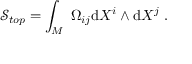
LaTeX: \mathcal { S } _ { t o p } = \int _ { M } \; \Omega _ { i j } \mathrm { d } X ^ { i } \wedge \mathrm { d } X ^ { j } \; .